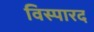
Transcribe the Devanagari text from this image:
विस्पारद